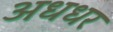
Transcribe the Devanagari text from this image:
अधधर